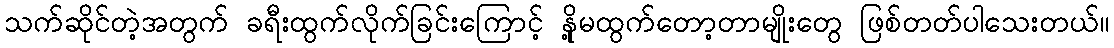
သက်ဆိုင်တဲ့အတွက် ခရီးထွက်လိုက်ခြင်းကြောင့် နို့မထွက်တော့တာမျိုးတွေ ဖြစ်တတ်ပါသေးတယ်။